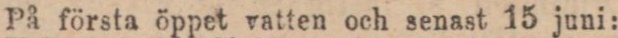
På första öppet vatten och senast 15 juni: